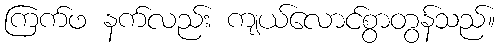
ကြက်ဖ နက်လည်း ကျယ်လောင်စွာတွန်သည်။